Lunatic asylums Bombay report 1878-1890 - 1878-1890
Year: 1878
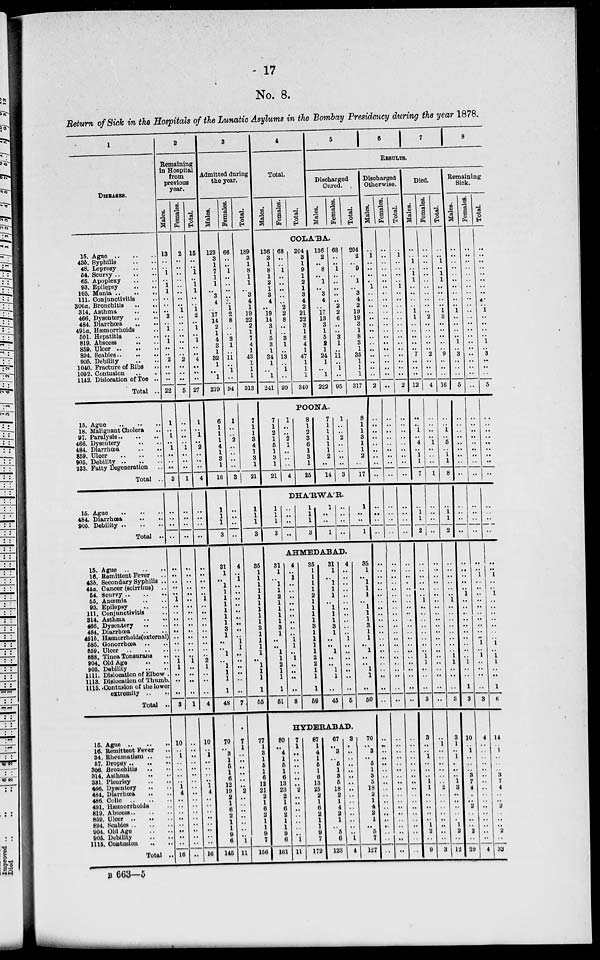
17
No. 8.
Return of Sick in the Hospitals of the Lunatic Asylums in the Bombay Presidency during the year 1878.
1
DISEASES.
15. Ague .. .. ..
43b. Syphilis .. ..
48. Leprosy .. ..
54. Scurvy .. .. ..
65. Apoplexy .. ..
93. Epilepsy .. ..
105. Mania .. .. ..
111. Conjunctivitis .. ..
306a. Bronchitis .. ..
314. Asthma
..
..
466. Dysentry .. ..
484. Diarrhœa .. ..
491a. Hæmorrhoids ..
501. Hepatitis .. ..
819. Abscess .. ..
859. Ulcer .. .. ..
894. Scabies .. .. ..
905. Debility .. ..
1040. Fracture of Ribs ..
1092. Contusion .. ..
1142. Dislocation of Toe ..
Total ..
15. Ague .. .. ..
18. Malignant Cholera ..
97. Paralysis .. .. ..
466. Dysentry .. ..
484. Diarrhœa .. ..
859. Ulcer .. .. ..
905. Debility
..
..
..
233. Fatty Degeneration ..
Total ..
15. Ague .. .. ..
484. Diarrhœa
..
..
905. Debility .. .. ..
Total ..
15. Ague
..
..
..
16. Remittent Fever ..
43b. Secondary Syphilis ..
44a. Cancer (scirrhus) ..
54. Scurvy .. .. ..
55. Anœmia .. ..
93. Epilepsy .. ..
111. Conjunctivitis ..
314. Asthma .. ..
466. Dysentery
..
484. Diarrhœa .. ..
491b. Hæmorrhoids(external)
585. Gonorrhœa .. ..
859. Ulcer .. .. ..
888. Tinea Tonsurans ..
904. Old Age .. ..
905. Debility .. ..
1111. Dislocation of Elbow ..
1118. Dislocation of Thumb ..
1115. Contusion of the lower
extrimity .. ..
Total ..
15. Ague
..
..
..
16. Remittent Fever ..
34. Rheumatism .. ..
57. Dropsy
..
..
..
306. Bronchitis .. ..
314. Asthma .. ..
381. Pleurisy .. ..
466. Dysentery .. ..
484. Diarrhœa .. ..
486. Colic .. .. ..
491. Hæmorrhoids ..
819. Abscess .. .. ..
859. Ulcer .. .. ..
894. Scabies .. .. ..
904. Old Age .. ..
905. Debility .. ..
1115. Contusion .. ..
Total ..
2
Remaining
in Hospital
from
previous
year.
Males.
13
..
..
1
..
1
1
..
..
..
2
..
1
..
1
..
..
2
..
..
..
22
1
..
1
..
1
..
..
..
3
..
..
..
..
..
..
..
..
..
1
..
..
..
..
..
..
..
..
..
1
1
..
..
..
3
10
..
1
..
..
..
..
1
4
..
..
..
..
..
..
..
..
16
Females.
2
..
..
..
..
..
..
..
..
1
..
..
..
..
..
..
..
2
..
..
..
5
..
..
..
..
1
..
..
..
1
..
..
..
..
..
..
..
..
..
..
..
..
..
..
..
..
..
..
..
1
..
..
..
..
1
..
..
..
..
..
..
..
..
..
..
..
..
..
..
..
..
..
..
Total.
15
..
..
1
..
1
1
..
..
1
2
1
..
1
..
..
4
..
..
..
27
1
..
1
..
2
..
..
..
4
..
..
..
..
..
..
..
..
..
1
..
..
..
..
..
..
..
..
..
2
1
..
..
..
4
10
..
1
..
..
..
..
1
4
..
..
..
..
..
..
..
..
16
3
Admitted during
the year.
Males.
123
3
1
7
1
1
..
3
4
..
17 14
2
1
4
3
1
32
1
..
1
219
6
1
1
1
4
1
3
1
18
1
1
1
3
31
1
..
1
1
1
1
1
1
1
3
1
..
..
1
..
1
1
1
1
48
70
..
3
1
5
1
6
12
19
2
1
6
2
1
1
9
6
145
Females.
66
..
..
1 ..
..
..
..
..
1
2
8
..
..
3
1
..
11
..
1
..
94
1
..
..
2
..
..
..
..
3
..
..
..
..
4
..
1
..
..
..
..
..
..
..
..
..
1
1
..
..
..
..
..
..
7
7
1
..
..
..
..
..
..
2
..
..
..
..
..
..
.. 1
11
Total.
189
3
1
8
1
1
1
3
4
1
19
22
2
1
7
4
1
43
1
1
1
313
7
1
1
3
4
1
3
1
21
1
1
1
3
35
1
1
1
1
1
1
1
1
1
3
1
1
1
1
..
1
1
1
1
55
77
1
3
1
5
1
6
12
21
2
1
6
2
1
1
9
7
156
4
Total.
Males. Females. Total.
5
6
7
8
RESULTS.
Discharged
Cured.
Males. Females. Total.
COLA'BA.
136
3
1
8
1
2
1
3
4
..
19
14
3
1
5
3
1
34
1
..
1
241
68
..
..
1
..
..
..
..
..
2
2
8
..
..
3
1
..
13
..
1
..
99
204
3
1
9
1
2
1
3
4
2
21
22
3
1
8
4
1
47
1
1
1
340
136
2
..
8
..
1
..
3
4
..
17
13
3
1
5
2
1
24
1
..
1
222
68
..
..
1
..
..
..
..
..
2
2
6
..
..
3
1
..
11
..
1
..
95
204
2
..
9
..
1
..
3
4
2
19
19
3
1
8
3
1
35
1
1
1
317
POONA.
7
1
2
1
5
1
3
1
21
1
..
..
2
1
..
..
..
4
8
1
2
3
6
1
3
1
25
7
1
1
1
1
1
2
..
14
1
..
.. 2
..
..
1
..
4
8
1
1
3
1
l
2
..
17
DHA'RWA'R.
1
1
1
3
..
..
..
..
1
1
1
3
1
..
..
1
..
..
..
..
1
..
..
1
AHMEDABAD.
31
1
..
1
1
2
1
1
1
1
3
1
..
..
1
1
2
1
1
1
51
4
..
1
..
..
..
..
..
..
..
..
..
1
1
..
1
..
..
..
..
8
35
1
1
1
1
2
1
1
1
1
3
1
1
1
1
2
2
1
1
1
59
31
1
..
1
1
1
..
1
1
1
3
1
..
..
1
..
..
1
1
..
45
4
..
..
..
..
..
..
..
..
..
..
..
1
..
..
..
..
..
..
..
5
35
1
..
1
1
1
..
1
1
1
3
1
1
..
1
..
..
1
1
..
50
HYDERABAD.
80
..
4
1
5
1
6
13
23
2
1
6
2
1
1
9
6
161
7
1
..
..
..
..
..
..
2
..
..
..
..
..
..
..
1
11
87
1
4
1
5
1
6
13
25
2
1
6
2
1
1
9
7
172
67
..
3
..
5
1
3
5
18
2
1
4
2
1
..
5
6
123
3
..
..
..
..
..
..
..
..
..
..
..
..
..
..
1
4
70
..
3
..
5
1
3
5
18
2
1
4
2
1
..
5
6
127
Discharged
Otherwise.
Males.
..
1
..
..
..
..
1
..
..
..
..
..
..
..
..
..
..
..
..
..
..
2
..
..
..
..
..
..
..
..
..
..
..
..
..
..
..
..
..
..
..
..
..
..
..
..
..
..
..
..
..
..
..
..
..
..
..
..
..
..
..
..
..
..
..
..
..
..
..
..
..
..
..
..
Females.
..
..
..
..
..
..
..
..
..
..
..
..
..
..
..
..
..
..
..
..
..
..
..
..
..
..
..
..
..
..
..
..
..
..
..
..
..
..
..
..
..
..
..
..
..
..
..
..
..
..
..
..
..
..
..
..
..
..
..
..
..
..
..
..
..
..
..
..
..
..
..
..
..
..
Total.
..
1
..
..
..
..
1
..
..
..
..
..
..
..
..
..
..
..
..
..
..
2
..
..
..
..
..
..
..
..
..
..
..
..
..
..
..
..
..
..
..
..
..
..
..
..
..
..
..
..
..
..
..
..
..
..
..
..
..
..
..
..
..
..
..
..
..
..
..
..
..
..
..
..
Died.
Males.
..
..
1
..
1
1
..
..
..
..
1
1
..
..
..
..
..
7
..
..
..
12
..
..
1
..
4
..
1
1
7
..
1
1
2
..
..
..
..
..
..
1
..
..
..
..
..
..
..
..
1
1
..
..
..
3
3
..
..
1
..
..
..
1
1
..
..
..
..
..
1
2
..
9
Females.
..
..
..
..
..
..
..
..
..
..
..
2
..
..
..
..
..
2
..
..
..
4
..
..
..
..
1
..
..
..
1
..
..
..
..
..
..
..
..
..
..
..
..
..
..
..
..
..
..
..
..
..
..
..
..
..
..
1
..
..
..
..
..
..
2
..
..
..
..
..
..
..
..
3
Total.
..
..
1
..
1
1
..
..
..
..
1
3
..
..
..
..
..
9
..
..
..
16
..
..
1
..
5
..
1
1
8
..
1
1
2
..
..
..
..
..
..
1
..
..
..
..
..
..
..
..
1
1
..
..
..
3
3
1
..
1
..
..
..
1
3
..
..
..
..
..
1
2
..
12
Remaining
Sick.
Males.
..
..
..
..
..
..
..
..
..
..
1
..
..
..
..
1
..
3
..
..
..
5
..
..
..
..
..
..
..
..
..
..
..
..
..
..
..
..
..
..
1
..
..
..
..
..
..
..
..
..
..
1
..
..
1
3
10
..
1
..
..
..
3
7
4
..
..
2
..
..
..
2
..
29
Females.
..
..
..
..
..
..
..
..
..
..
..
..
..
..
..
..
..
..
..
..
..
..
..
..
..
..
..
..
..
..
..
..
..
..
..
..
..
1
..
..
..
..
..
..
..
..
..
..
1
..
1
..
..
..
..
3
4
..
1
..
..
..
..
..
..
..
..
..
..
..
..
..
..
4
Total.
..
..
..
..
..
..
..
..
..
..
1
..
..
..
..
1
..
3
..
..
..
5
..
..
..
..
..
..
..
..
..
..
..
..
..
..
..
1
..
..
1
..
..
..
..
..
..
..
1
..
1
1
..
..
1
6
14
..
1
..
..
..
3
7
4
..
..
2
..
..
..
2
..
33
B 663—5